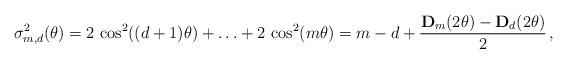
LaTeX: \begin{align*}\sigma^{2}_{ m, d}(\theta)=2\,\cos^{2}(( d+1)\theta) + \ldots + 2\,\cos^{2}( m\theta)= m- d+\frac{\mathbf D_{ m}(2\theta)-\mathbf D_{ d}(2\theta)}2\,,\end{align*}